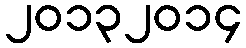
၂၀၁၃၂၀၁၄